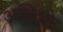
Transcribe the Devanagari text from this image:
अधिवक्ते